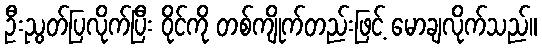
ဦးညွတ်ပြလိုက်ပြီး ဝိုင်ကို တစ်ကျိုက်တည်းဖြင့် မောချလိုက်သည်။